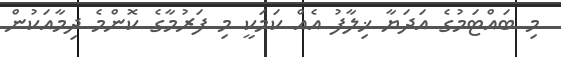
މި ބައްޓަމުގެ އަދަޔާ ޚިލާފު އެއް ކަމަކީ މި ފަރުމާގެ ކޮންމެ ދިމާއަކުން